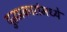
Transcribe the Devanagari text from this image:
युद्धप्रकारांमध्ये